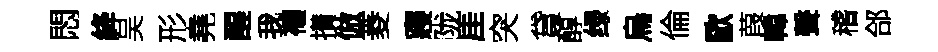
悶絳吴形堯醒我禳攅倣菱寢陇厓突貸醇绿烏倫歐葭韓聲稽郃